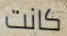
كانت